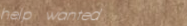
help wanted